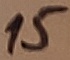
Text: 15